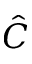
\hat { C }